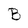
Character: B